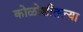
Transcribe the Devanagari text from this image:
कोळोशीतल्या